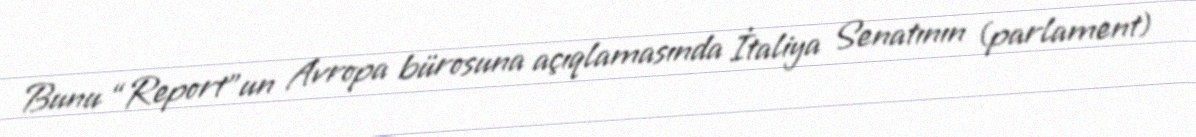
Bunu “Report”un Avropa bürosuna açıqlamasında İtaliya Senatının (parlament)